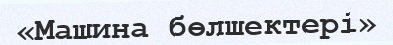
«Машина бөлшектері»